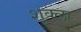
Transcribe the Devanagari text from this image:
श़ुक्ला